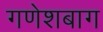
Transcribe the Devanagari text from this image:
गणेशबाग